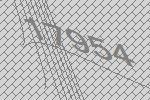
17954